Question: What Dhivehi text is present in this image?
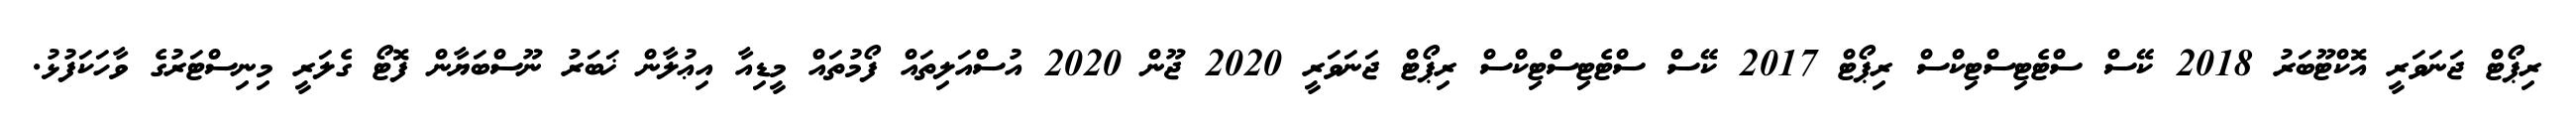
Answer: ރިޕޯޓް ޖަނަވަރީ އޮކްޓޫބަރު 2018 ކޭސް ސްޓެޓިސްޓިކްސް ރިޕޯޓް 2017 ކޭސް ސްޓެޓިސްޓިކްސް ރިޕޯޓް ޖަނަވަރީ 2020 ޖޫން 2020 އުސްއަލިތައް ފޯމުތައް މީޑިއާ އިޢުލާން ޚަބަރު ނޫސްބަޔާން ފޮޓޯ ގެލަރީ މިނިސްޓަރުގެ ވާހަކަފުޅު.